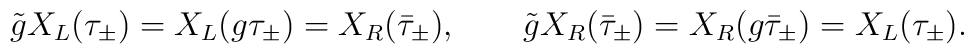
\tilde{g}X_L(\tau_\pm) =X_L (g\tau _\pm) = X_R(\bar \tau _\pm),\qquad \tilde{g}X_R(\bar \tau _\pm) =X_R (g\bar \tau  _\pm) = X_L (\tau_\pm).